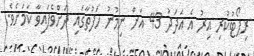
ރިޕޯޓުކުރި އިރު އެ އަދަދު 43 އަށް ނިމުނު ހަފުތާގައި ދަށްވެފައިވާ ކަމަށެވެ.